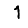
Digit: 1